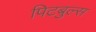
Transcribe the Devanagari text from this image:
पिटबुल्स